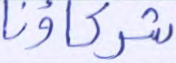
شركاؤنا